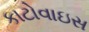
કાટોવાઇસ